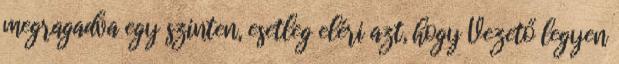
megragadva egy szinten, esetleg eléri azt, hogy Vezető legyen